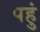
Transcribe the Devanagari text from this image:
पहुं